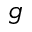
g